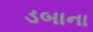
ડબાના